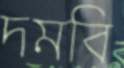
দমবি